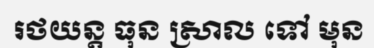
រថយន្ត ធុន ស្រាល ទៅ មុន